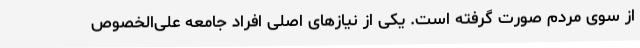
از سوی مردم صورت گرفته است. یکی از نیازهای اصلی افراد جامعه علی‌الخصوص